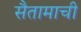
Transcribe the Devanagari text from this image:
सैतामाची